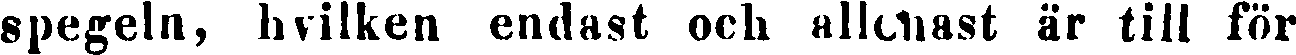
spegeln, hvilken endast och allenast är till för